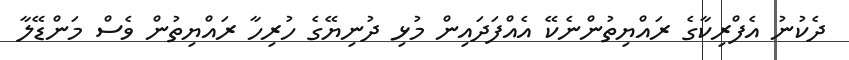
ދެކުނު އެފްރިކާގެ ރައްޔިތުންނެކޭ އެއްފަދައިން މުޅި ދުނިޔޭގެ ހުރިހާ ރައްޔިތުން ވެސް މަންޑޭލާ